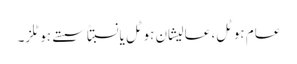
عام ہوٹل، عالیشان ہوٹل یانسبتاً سستے ہوٹلز۔